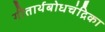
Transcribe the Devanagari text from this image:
गीतार्थबोधचंद्रिका